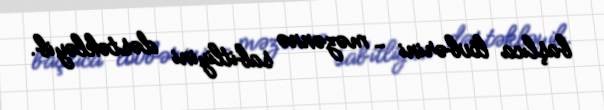
başlıca lövbərini - məzənnə sabitliyini dəstəkləyib.